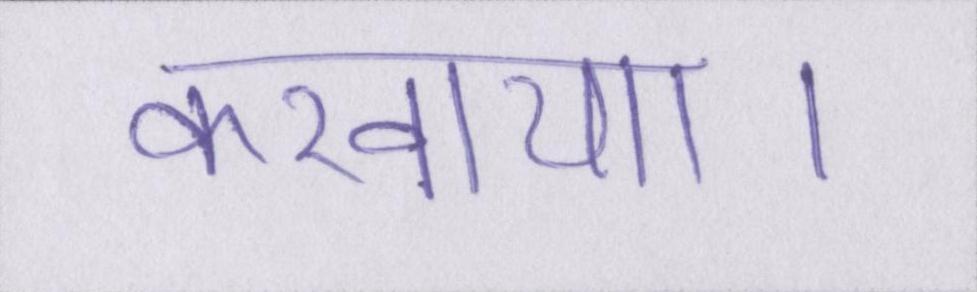
करवाया।